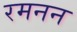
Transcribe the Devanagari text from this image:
रमनन